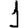
Digit: 1